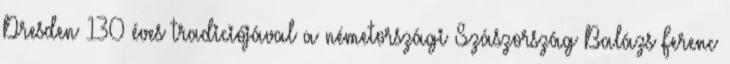
Dresden 130 éves tradiciójával a németországi Szászország Balázs Ferenc